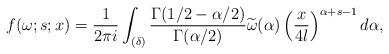
LaTeX: \begin{align*}f(\omega;s;x)=\frac{1}{2\pi i}\int_{(\delta)}\frac{\Gamma(1/2-\alpha/2)}{\Gamma(\alpha/2)}\widetilde{\omega}(\alpha)\left( \frac{x}{4l}\right)^{\alpha+s-1}d\alpha,\end{align*}